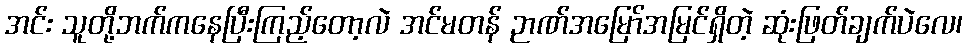
အင်း သူတို့ဘက်ကနေပြီးကြည့်တော့လဲ အင်မတန် ဉာဏ်အမြော်အမြင်ရှိတဲ့ ဆုံးဖြတ်ချက်ပဲလေ၊